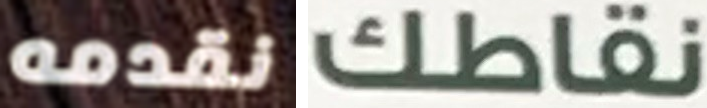
نقدمه نقاطك